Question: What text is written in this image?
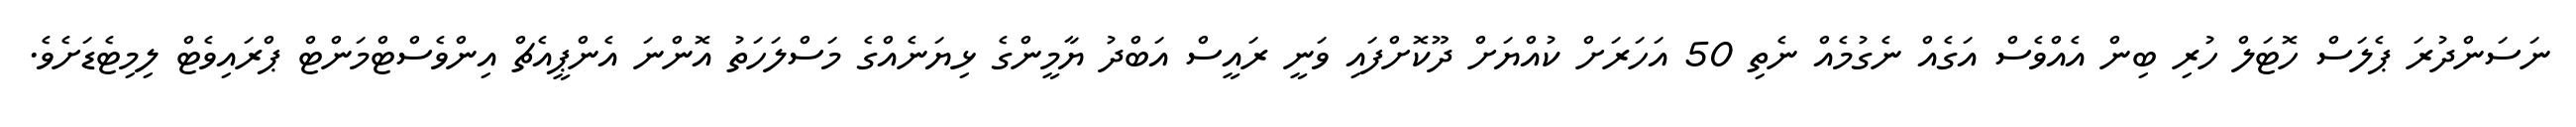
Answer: ނަސަންދުރަ ޕެލަސް ހޮޓަލް ހުރި ބިން އެއްވެސް އަގެއް ނެގުމެއް ނެތި 50 އަހަރަށް ކުއްޔަށް ދޫކޮށްފައި ވަނީ ރައީސް އަބްދު ޔާމީންގެ ޅިޔަނެއްގެ މަސްލަހަތު އޮންނަ އެންޕީއެޗް އިންވެސްޓްމަންޓް ޕްރައިވެޓް ލިމިޓެޑަށެވެ.